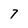
Character: 7